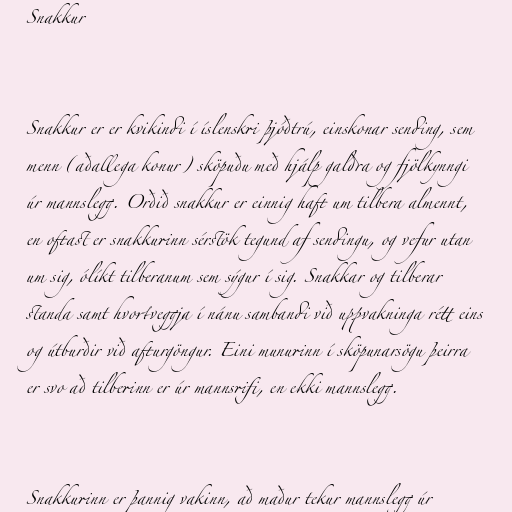
Snakkur

Snakkur er er kvikindi í íslenskri þjóðtrú, einskonar sending, sem
menn (aðallega konur) sköpuðu með hjálp galdra og fjölkynngi
úr mannslegg. Orðið snakkur er einnig haft um tilbera almennt,
en oftast er snakkurinn sérstök tegund af sendingu, og vefur utan
um sig, ólíkt tilberanum sem sýgur í sig. Snakkar og tilberar
standa samt hvortveggja í nánu sambandi við uppvakninga rétt eins
og útburðir við afturgöngur. Eini munurinn í sköpunarsögu þeirra
er svo að tilberinn er úr mannsrifi, en ekki mannslegg.

Snakkurinn er þannig vakinn, að maður tekur mannslegg úr